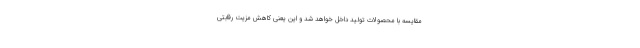
مقایسه با محصولات تولید داخل خواهد شد و این یعنی کاهش مزیت رقابتی